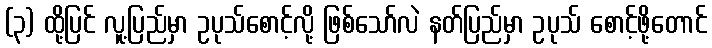
(၃) ထို့ပြင် လူ့ပြည်မှာ ဥပုသ်စောင့်လို့ ဖြစ်သော်လဲ နတ်ပြည်မှာ ဥပုသ် စောင့်ဖို့တောင်